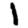
Digit: 1